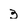
Character: 3